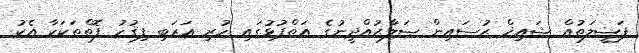
ފަޟީލަތުއް ޝައިޚް ޙުސައިން ޞަލާޙުއްދީނުގެ އަތްޕުޅުގައި ހުރި ޢަރަބި ފިޤުހު ފޮތްތަކަކާ އެކު